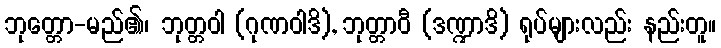
ဘုတ္တော-မည်၏၊ ဘုတ္တဝါ (ဂုဏဝါဒိ), ဘုတ္တာဝီ (ဒဏ္ဍာဒိ) ရုပ်များလည်း နည်းတူ။